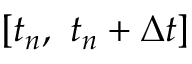
\left[ { { t } _ { n } } , \ { { t } _ { n } } + \Delta t \right]